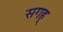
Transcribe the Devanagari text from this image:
सगह्